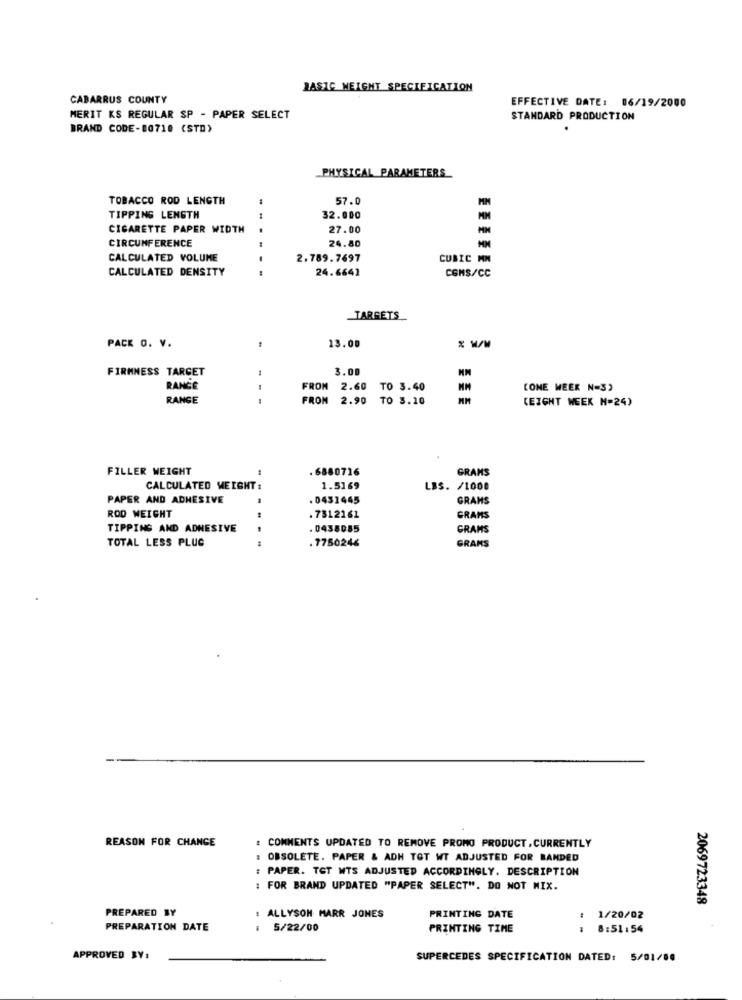
BASIC WEIGHT SPECIFICATION
CABARRUS COUNTY
EFFECTIVE DATE: 06/19/2000
MERIT KS REGULAR SP - PAPER SELECT
STANDARD PRODUCTION
BRAND CODE-80710 (STD)
PHYSICAL PARAMETERS
TOBACCO ROD LENGTH
57.0
TIPPING LENGTH
32.000
MM
CIGARETTE PAPER WIDTH
.
27.00
CIRCUMFERENCE
24.80
CALCULATED VOLUME
2.789.7697
CUBIC MM
CALCULATED DENSITY
24.6641
CGMS/CC
TARGETS
PACK O. V.
13.00
FIRMNESS TARGET
3.00
RANGE
-
FROM
2.60 TO 3.40
MM
(ONE WEEK N=3)
RANGE
FROM
2.90 TO 3.10
(EIGHT WEEK N=24)
FILLER WEIGHT
. 6880716
GRANS
CALCULATED WEIGHT :
1.5169
LBS. /1000
PAPER AND ADHESIVE
. 0431445
GRANS
ROD WEIGHT
. 7312161
GRAMS
TIPPING AND ADHESIVE
0438085
GRAMS
TOTAL LESS PLUC
. 7750246
GRAMS
REASON FOR CHANGE
: COMMENTS UPDATED TO REMOVE PROMO PRODUCT, CURRENTLY
: OBSOLETE. PAPER & ADH TOT WT ADJUSTED FOR BANDED
: PAPER. TET WTS ADJUSTED ACCORDINGLY. DESCRIPTION
: FOR BRAND UPDATED "PAPER SELECT". DO NOT MIX.
2069723348
PREPARED BY
ALLYSON MARR JONES
PRINTING DATE
1/20/02
PREPARATION DATE
: 5/22/00
PRINTING TIME
: 8:51:54
APPROVED BY:
SUPERCEDES SPECIFICATION DATED: 5/01/00